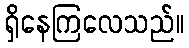
ရှိနေကြလေသည်။